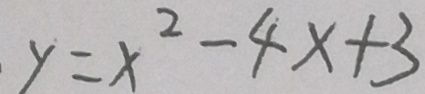
y = x ^ { 2 } - 4 x + 3